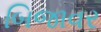
બિજાવર